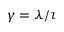
\gamma = \lambda / \tau